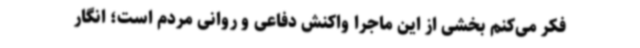
فکر می‌کنم بخشی از این ماجرا واکنش دفاعی و روانی مردم است؛ انگار